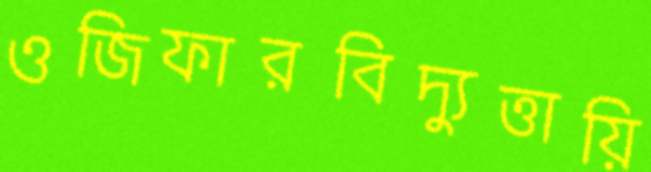
ওজিফারবিদ্যুত্তায়ি